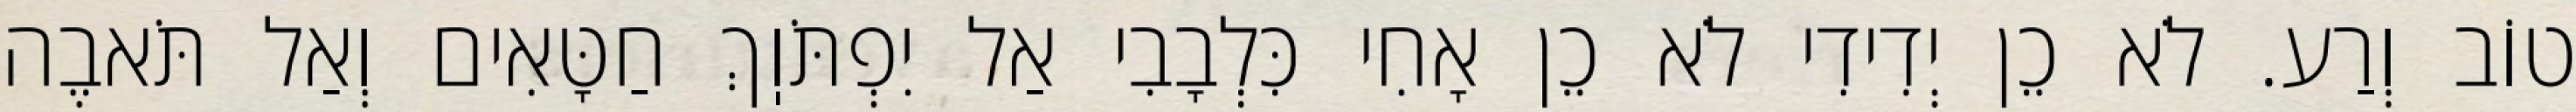
טוֹב וְרַע. לֹא כֵן יְדִידִי לֹא כֵן אָחִי כִּלְבָבִי אַל יִפְתֹּוֽךְ חַטָּאִים וְאַל תֹּאבֶה